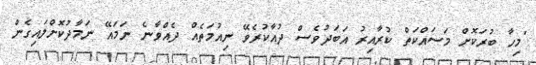
"މިހާ ބުރަކޮށް މަސައްކަތް ކުރާއިރު އަބަދުވެސް ދުއާކުރެވޭ ނިއުމަތެއް ދެއްވާނެ ނަމައޭ ނަމާދުކޮށްލައިގެން